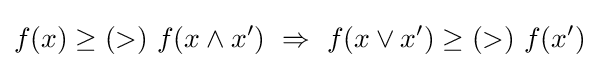
f(x)\geq (>)\ f(x\wedge x')\ \Rightarrow \ f(x\vee x')\geq (>)\ f(x')